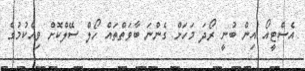
އެސްޓީއޯ އިން ބުނީ ރޯދަ މަހަށް ގެންނަ ބާވަތްތައް ހޯލް ސޭލްކޮށް ވިއްކުމުގެ